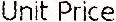
UNIT PRICE